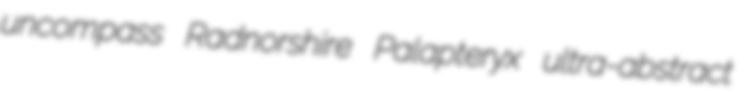
uncompass Radnorshire Palapteryx ultra-abstract